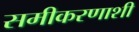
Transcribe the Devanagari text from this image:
समीकरणाशी